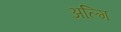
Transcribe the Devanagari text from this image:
अल्गि